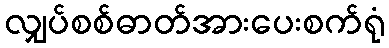
လျှပ်စစ်ဓာတ်အားပေးစက်ရုံ